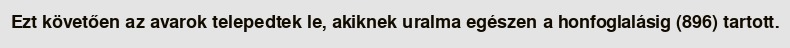
Ezt követően az avarok telepedtek le, akiknek uralma egészen a honfoglalásig (896) tartott.